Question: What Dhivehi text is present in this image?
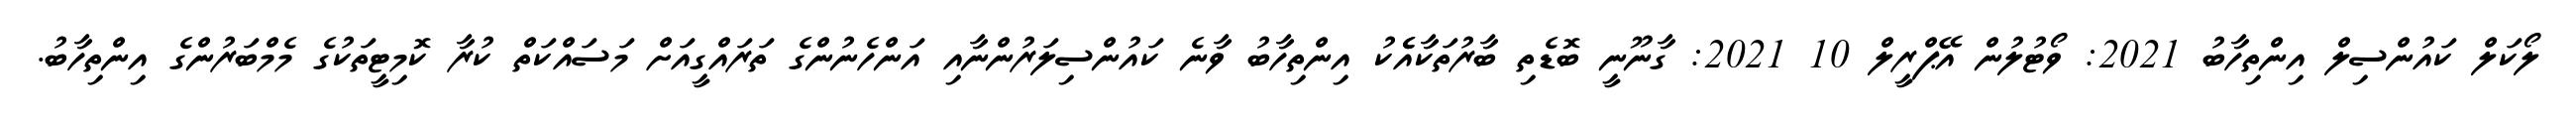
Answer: ލޯކަލް ކައުންސިލް އިންތިހާބު 2021: ވޯޓުލުން އޭޕްރީލް 10 2021: ގާނޫނީ ބޮޑެތި ބާރުތަކާއެެކު އިންތިހާބު ވާނެ ކައުންސިލަރުންނާއި އަންހެނުންގެ ތަރައްގީއަށް މަސައްކަތް ކުރާ ކޮމިޓީތަކުގެ މެމްބަރުންގެ އިންތިހާބު.